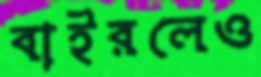
বাইরলেও